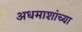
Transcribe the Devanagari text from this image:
अधमाशांच्या